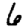
Digit: 6